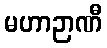
မဟာဉာဏီ